Report on vaccination in the Province of Bengal - 1869-1873
Year: 1869
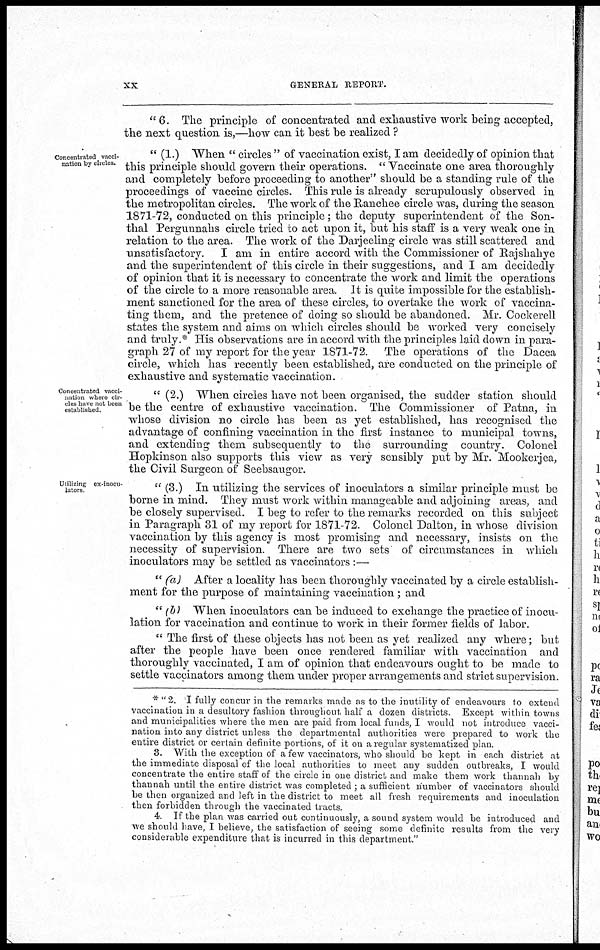
xx
GENERAL REPORT.
"6. The principle of concentrated and exhaustive work being accepted,
the next question is,—how can it best be realized ?
Concentrated vacci-
nation by circles.
" (1.) When " circles " of vaccination exist, I am decidedly of opinion that
this principle should govern their operations. " Vaccinate one area thoroughly
and completely before proceeding to another" should be a standing rule of the
proceedings of vaccine circles. This rule is already scrupulously observed in
the metropolitan circles. The work of the Ranchee circle was, during the season
1871-72, conducted on this principle; the deputy superintendent of the Son-
thal Pergunnahs circle tried to act upon it, but his staff is a very weak one in
relation to the area. The work of the Darjeeling circle was still scattered and
unsatisfactory. I am in entire accord with the Commissioner of Rajshahye
and the superintendent of this circle in their suggestions, and I am decidedly
of opinion that it is necessary to concentrate the work and limit the operations
of the circle to a more reasonable area. It is quite impossible for the establish-
ment sanctioned for the area of these circles, to overtake the work of vaccina-
ting them, and the pretence of doing so should be abandoned. Mr. Cockerell
states the system and aims on which circles should be worked very concisely
and truly.* His observations are in accord with the principles laid down in para-
graph 27 of my report for the year 1871-72. The operations of the Dacca
circle, which has recently been established, are conducted on the principle of
exhaustive and systematic vaccination.
Concentrated vacci-
nation where cir-
cles have not been
established.
" (2.) When circles have not been organised, the sudder station should
be the centre of exhaustive vaccination. The Commissioner of Patna, in
whose division no circle has been as yet established, has recognised the
advantage of confining vaccination in the first instance to municipal towns,
and extending them subsequently to the surrounding country. Colonel
Hopkinson also supports this view as very sensibly put by Mr. Mookerjea,
the Civil Surgeon of Seebsaugor.
Utilizing ex-inocu-
lators.
" (3.) In utilizing the services of inoculators a similar principle must be
borne in mind. They must work within manageable and adjoining areas, and
be closely supervised. I beg to refer to the remarks recorded on this subject
in Paragraph 31 of my report for 1871-72. Colonel Dalton, in whose division
vaccination by this agency is most promising and necessary, insists on the
necessity of supervision. There are two sets of circumstances in which
inoculators may be settled as vaccinators :—
" (a) After a locality has been thoroughly vaccinated by a circle establish-
ment for the purpose of maintaining vaccination ; and
"(b) When inoculators can be induced to exchange the practice of inocu-
lation for vaccination and continue to work in their former fields of labor.
" The first of these objects has not been as yet realized any where; but
after the people have been once rendered familiar with vaccination and
thoroughly vaccinated, I am of opinion that endeavours ought to be made to
settle vaccinators among them under proper arrangements and strict supervision.
* "2. I fully concur in the remarks made as to the inutility of endeavours to extend
vaccination in a desultory fashion throughout half a dozen districts. Except within towns
and municipalities where the men are paid from local funds, I would not introduce vacci-
nation into any district unless the departmental authorities were prepared to work the
entire district or certain definite portions, of it on a regular systematized plan.
3. With the exception of a few vaccinators, who should be kept in each district at
the immediate disposal of the local authorities to meet any sudden outbreaks, I would
concentrate the entire staff of the circle in one district and make them work thannah by
thannah until the entire district was completed ; a sufficient number of vaccinators should
be then organized and left in the district to meet all fresh requirements and inoculation
then forbidden through the vaccinated tracts.
4 If the plan was carried out continuously, a sound system would be introduced and
we should have, I believe, the satisfaction of seeing some definite results from the very
considerable expenditure that is incurred in this department."